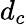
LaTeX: d_{c}